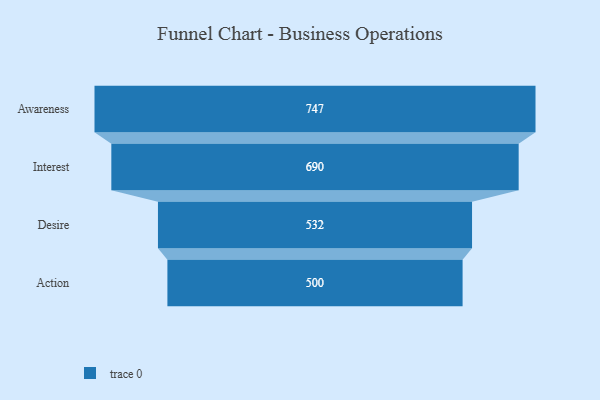
{"axis": {"x": "Stage", "y": "Value"}, "legend": [""], "data": [{"x": "Awareness", "y": 747.0, "type": ""}, {"x": "Interest", "y": 690.0, "type": ""}, {"x": "Desire", "y": 532.0, "type": ""}, {"x": "Action", "y": 500, "type": ""}]}